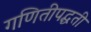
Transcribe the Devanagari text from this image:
गणितीपद्धती